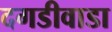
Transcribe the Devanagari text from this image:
दगडीवाडा